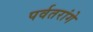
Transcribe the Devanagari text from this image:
पर्वतरांगे